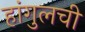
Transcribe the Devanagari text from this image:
हांगुलची